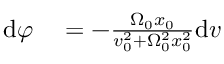
\begin{array} { r l } { \mathrm { d } \varphi } & { { } = - \frac { \Omega _ { 0 } x _ { 0 } } { v _ { 0 } ^ { 2 } + \Omega _ { 0 } ^ { 2 } x _ { 0 } ^ { 2 } } \mathrm { d } v } \end{array}